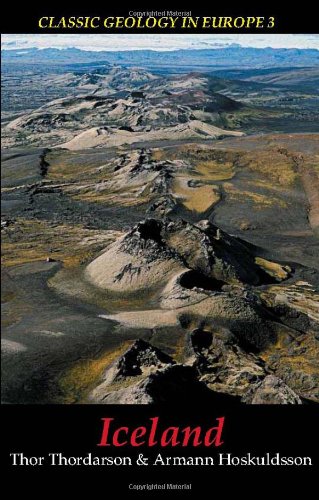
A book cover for Iceland (Classic Geology in Europe); Thor Thordarson; Travel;